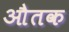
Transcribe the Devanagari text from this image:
औतक